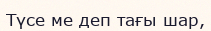
Түсе ме деп тағы шар,